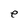
Character: e